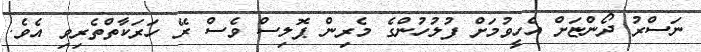
ނަސްރު ދޯންޏަށް އެހީވުމަށް ފުލުހުންގެ މެރިން ޕޮލިސް ވެސް ރޭ ހަރަކާތްތެރިވި އެވެ.